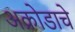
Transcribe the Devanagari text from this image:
अक्रोडाचे